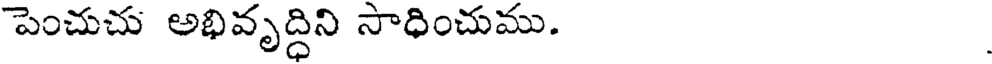
పెంచుచు అభివృద్ధిని సాధించుము.